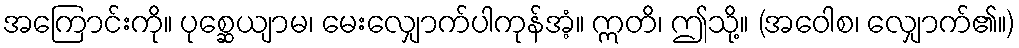
အကြောင်းကို။ ပုစ္ဆေယျာမ၊ မေးလျှောက်ပါကုန်အံ့။ ဣတိ၊ ဤသို့။ (အဝေါစ၊ လျှောက်၏။)